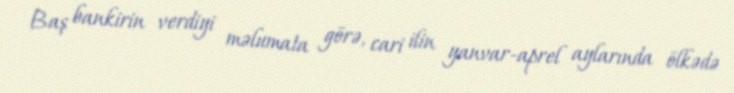
Baş bankirin verdiyi məlumata görə, cari ilin yanvar-aprel aylarında ölkədə